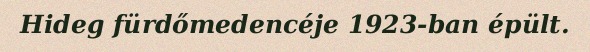
Hideg fürdőmedencéje 1923-ban épült.